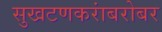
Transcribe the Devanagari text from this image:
सुखटणकरांबरोबर